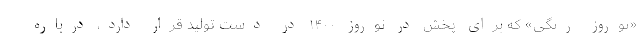
«نوروز رنگی» که برای پخش در نوروز ۱۴۰۰ در دست تولید قرار دارد، درباره